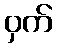
ဝှက်